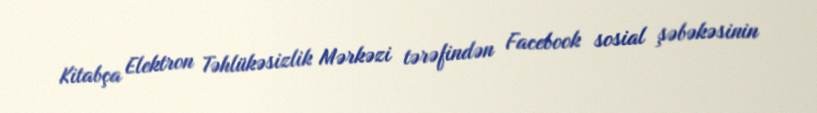
Kitabça Elektron Təhlükəsizlik Mərkəzi tərəfindən Facebook sosial şəbəkəsinin